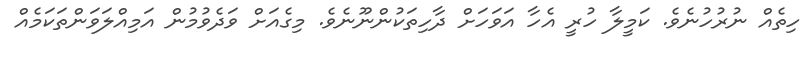
ހިތެއް ނުރުހުނެވެ. ކަމީލާ ހުރީ އެހާ އަވަހަށް ދާހިތަކުންނޫނެވެ. މިގެއަށް ވަދެވުމުން އަމިއްލަވަންތަކަމެއް